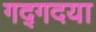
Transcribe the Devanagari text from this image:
गद्गदया